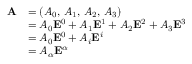
{ \begin{array} { r l } { \mathbf { A } } & { = ( A _ { 0 } , \, A _ { 1 } , \, A _ { 2 } , \, A _ { 3 } ) } \\ & { = A _ { 0 } \mathbf { E } ^ { 0 } + A _ { 1 } \mathbf { E } ^ { 1 } + A _ { 2 } \mathbf { E } ^ { 2 } + A _ { 3 } \mathbf { E } ^ { 3 } } \\ & { = A _ { 0 } \mathbf { E } ^ { 0 } + A _ { i } \mathbf { E } ^ { i } } \\ & { = A _ { \alpha } \mathbf { E } ^ { \alpha } } \end{array} }